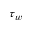
\tau _ { w }